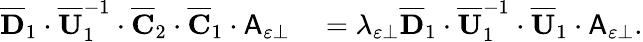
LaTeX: \begin{array}{rl}{\overline{{\mathbf{D}}}_{1}\cdot\overline{{\mathbf{U}}}_{1}^{-1}\cdot\overline{{\mathbf{C}}}_{2}\cdot\overline{{\mathbf{C}}}_{1}\cdot\mathsf{A}_{\varepsilon\perp}}&{{}=\lambda_{\varepsilon\perp}\overline{{\mathbf{D}}}_{1}\cdot\overline{{\mathbf{U}}}_{1}^{-1}\cdot\overline{{\mathbf{U}}}_{1}\cdot\mathsf{A}_{\varepsilon\perp}.}\end{array}